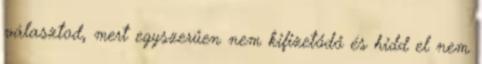
választod, mert egyszerűen nem kifizetődő és hidd el nem